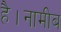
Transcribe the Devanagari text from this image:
है।नामीब